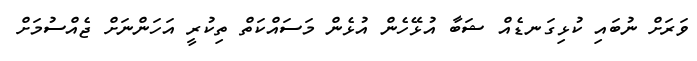
ވަރަށް ނުބައި ކުޅިގަނޑެއް ޝަބާ އުޅޭހެން އުޅެން މަސައްކަތް ތިކުރީ އަހަންނަށް ޖެއްސުމަށް